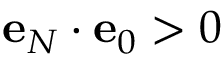
\mathbf { e } _ { N } \cdot \mathbf { e } _ { 0 } > 0